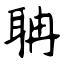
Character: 聃